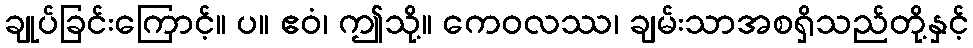
ချုပ်ခြင်းကြောင့်။ ပ။ ဧဝံ၊ ဤသို့။ ကေဝလဿ၊ ချမ်းသာအစရှိသည်တို့နှင့်